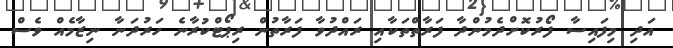
އަދި މިފައިސާ ފޯރުކޮށްދެމުންދާ ފަރާތްތަކާއި ރައްދުވާ ފަރާތުން ރިޕޯޓްކުރާނެ ހަރުދަނާ ނިޒާމެއް ވެސް